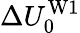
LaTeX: \Delta U_{0}^{\mathrm{W1}}